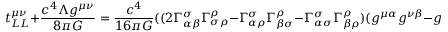
t _ { L L } ^ { \mu \nu } + { \frac { c ^ { 4 } \Lambda g ^ { \mu \nu } } { 8 \pi G } } = { \frac { c ^ { 4 } } { 1 6 \pi G } } ( ( 2 \Gamma _ { \alpha \beta } ^ { \sigma } \Gamma _ { \sigma \rho } ^ { \rho } - \Gamma _ { \alpha \rho } ^ { \sigma } \Gamma _ { \beta \sigma } ^ { \rho } - \Gamma _ { \alpha \sigma } ^ { \sigma } \Gamma _ { \beta \rho } ^ { \rho } ) ( g ^ { \mu \alpha } g ^ { \nu \beta } - g ^ { \mu \nu } g ^ { \alpha \beta } ) +